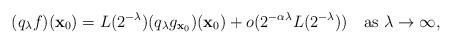
LaTeX: \begin{align*}(q_{\lambda}f)(\mathbf{x}_{0})=L(2^{-\lambda}) (q_{\lambda}g_{\mathbf{x}_{0}})(\mathbf{x}_{0})+o(2^{-\alpha \lambda} L(2^{-\lambda})) \ \ \ \mbox{as }\lambda\to\infty,\end{align*}